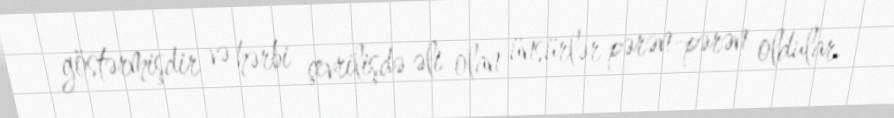
göstərmişdir və hərbi çevrilişdə əli olan ünsürlər pərən-pərən oldular.